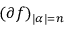
( \partial ^ { \aa } f ) _ { | { \boldsymbol { \alpha } } | = n }